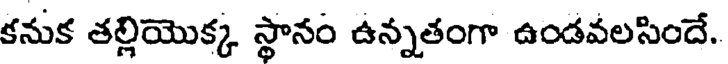
కనుక తల్లియొక్క స్థానం ఉన్నతంగా ఉండవలసిందే.